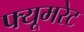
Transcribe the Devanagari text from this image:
फ्यूमरेट